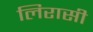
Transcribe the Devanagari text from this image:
लिरासी